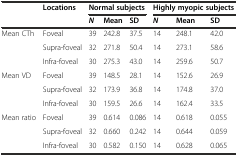
<table><thead><tr><td rowspan="2"></td><td rowspan="2"><b>Locations</b></td><td colspan="3"><b>Normal subjects</b></td><td colspan="3"><b>Highly myopic subjects</b></td></tr><tr><td><b><i>N</i></b></td><td><b>Mean</b></td><td><b>SD</b></td><td><b><i>N</i></b></td><td><b>Mean</b></td><td><b>SD</b></td></tr></thead><tbody><tr><td rowspan="3">Mean CTh</td><td>Foveal</td><td>39</td><td>242.8</td><td>37.5</td><td>14</td><td>248.1</td><td>42.0</td></tr><tr><td>Supra-foveal</td><td>32</td><td>271.8</td><td>50.4</td><td>14</td><td>273.1</td><td>58.6</td></tr><tr><td>Infra-foveal</td><td>30</td><td>275.3</td><td>43.0</td><td>14</td><td>259.6</td><td>50.7</td></tr><tr><td rowspan="3">Mean VD</td><td>Foveal</td><td>39</td><td>148.5</td><td>28.1</td><td>14</td><td>152.6</td><td>26.9</td></tr><tr><td>Supra-foveal</td><td>32</td><td>173.9</td><td>36.8</td><td>14</td><td>174.8</td><td>37.0</td></tr><tr><td>Infra-foveal</td><td>30</td><td>159.5</td><td>26.6</td><td>14</td><td>162.4</td><td>33.5</td></tr><tr><td rowspan="3">Mean ratio</td><td>Foveal</td><td>39</td><td>0.614</td><td>0.086</td><td>14</td><td>0.618</td><td>0.055</td></tr><tr><td>Supra-foveal</td><td>32</td><td>0.660</td><td>0.242</td><td>14</td><td>0.644</td><td>0.059</td></tr><tr><td>Infra-foveal</td><td>30</td><td>0.582</td><td>0.150</td><td>14</td><td>0.628</td><td>0.065</td></tr></tbody></table>